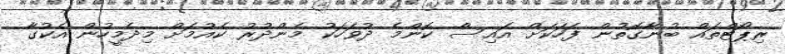
ރިޕޯޓްތައް ބުނާގޮތުން ފަހަކަށް އައިސް ކޮންމެ ދުވަހަކު މެންދުރު ކެއުމަށް މިދެމީހުން އެކުގާ